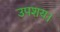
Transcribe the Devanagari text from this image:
उपशय।